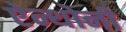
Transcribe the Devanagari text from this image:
ऐन्थोनी